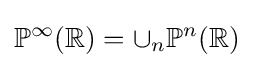
\mathbb {P} ^{\infty }(\mathbb {R} )=\cup _{n}\mathbb {P} ^{n}(\mathbb {R} )